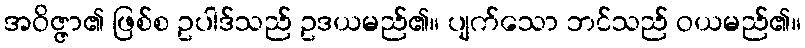
အဝိဇ္ဇာ၏ ဖြစ်စ ဥပါဒ်သည် ဥဒယမည်၏။ ပျက်သော ဘင်သည် ဝယမည်၏။